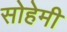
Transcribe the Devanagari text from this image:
सोहेमी